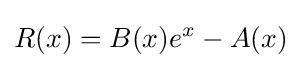
R(x)=B(x)e^{x}-A(x)